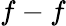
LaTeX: f-f